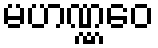
မဟဏ္ဏဝေ